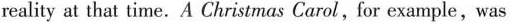
reality at that time.A Christmas Carol,for example,was